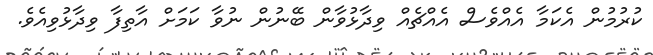
ކުރުމުން އެކަމާ އެއްވެސް އެއްޗެއް ވިދާޅުވާން ބޭނުން ނުވާ ކަމަށް އާތިފާ ވިދާޅުވިއެވެ.